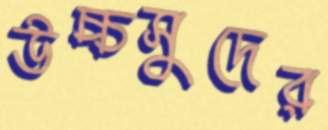
উচ্চসুদের